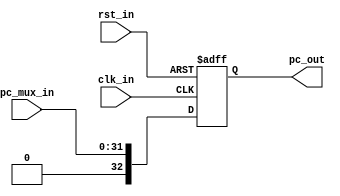
module reg_block (
    input clk_in, rst_in,
    input [31:0] pc_mux_in,
    output [32:0] pc_out
);
    parameter Boot_address = 32'h0;
    reg [32:0] pc_out_reg;

    always @(posedge clk_in or negedge rst_in)
    begin
        if (!rst_in)
            pc_out_reg <= 33'b0; // Initialize to 33 bits wide 0
        else
            pc_out_reg <= {1'b0, pc_mux_in};
    end

    assign pc_out = pc_out_reg;
endmodule